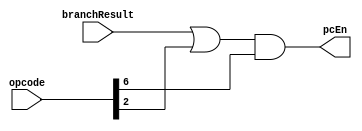
//Universidad Galileo
//Rodrigo Cordero
//Kevin Hernandez
//Terminado

module pcEnable(opcode, branchResult, pcEn);
  input [6:0] opcode;
  input branchResult;
  output pcEn;
  wire aux;
  
  or(aux, branchResult, opcode[2]);
  and(pcEn, aux, opcode[6]);
endmodule